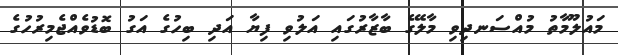
މައުލޫމާތު މުއްސަނދިވި މާލޭގެ ބާޒާރުގައި އަލުވި ފިޔާ އަދި ބިހުގެ އަގު ބޮޑުވެއްޖެމިރުހުގެ